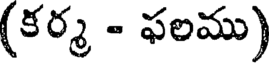
(కర్మ - ఫలము)